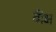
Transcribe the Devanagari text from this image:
बीक्ष